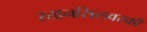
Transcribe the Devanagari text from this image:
स्तानसिलवस्की